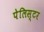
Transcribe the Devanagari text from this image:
पेलिस्टर